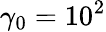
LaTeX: \gamma_{0}=10^{2}